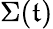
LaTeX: \Sigma(\mathfrak{t})